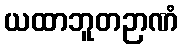
ယထာဘူတဉာဏံ